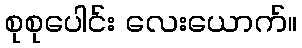
စုစုပေါင်း လေးယောက်။